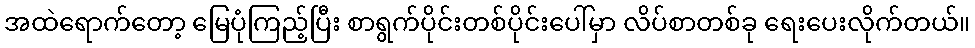
အထဲရောက်တော့ မြေပုံကြည့်ပြီး စာရွက်ပိုင်းတစ်ပိုင်းပေါ်မှာ လိပ်စာတစ်ခု ရေးပေးလိုက်တယ်။